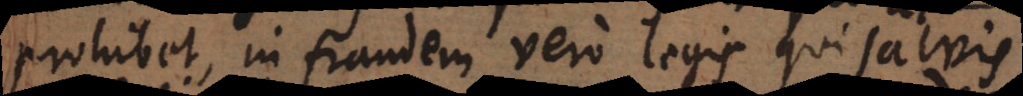
prohibet, in fraudem vero legis qui salvis